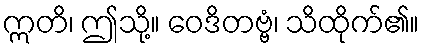
ဣတိ၊ ဤသို့။ ဝေဒိတဗ္ဗံ၊ သိထိုက်၏။